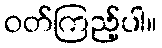
ဝတ်ကြည့်ပါ။